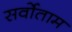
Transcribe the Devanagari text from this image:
सर्वोताम